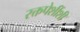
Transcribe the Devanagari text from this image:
रक्तपेशींशी